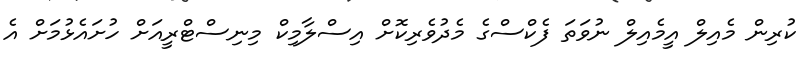
ކުރިން މެއިލް އީމެއިލް ނުވަތަ ފެކްސްގެ މެދުވެރިކޮށް އިސްލާމިކް މިނިސްޓްރީއަށް ހުށައެޅުމަށް އެ